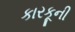
કારકૂની